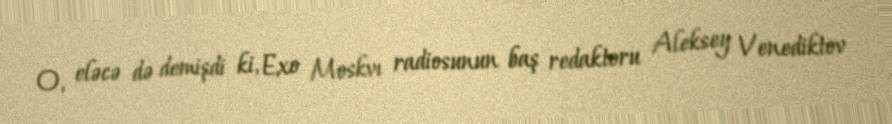
O, eləcə də demişdi ki, Exo Moskvı radiosunun baş redaktoru Aleksey Venediktov